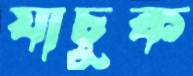
যাচুক